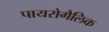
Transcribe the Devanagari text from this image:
पायरोगैलिक